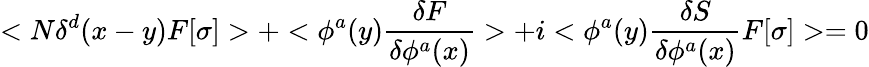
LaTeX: <N\delta^{d}(x-y)F[\sigma]>+<\phi^{a}(y){\frac{\delta F}{\delta\phi^{a}(x)}}>+i<\phi^{a}(y){\frac{\delta S}{\delta\phi^{a}(x)}}F[\sigma]>=0